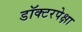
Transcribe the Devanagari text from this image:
डॉक्टरपेक्षा